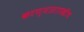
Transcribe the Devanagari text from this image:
करण्यासारखीच